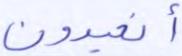
أتعبدون